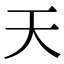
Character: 天